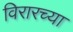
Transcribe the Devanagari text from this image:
विरारच्या